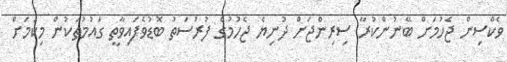
ވެކްސިން ޖެހުމަށް ބޭނުންކުރާ ސިރިންޖަށް ދުނިޔެ ޖެހުމުގެ ފުރުސަތު ބޮޑުވެފައިވާތީ ގައުމުތަކުން މިކަމަށް